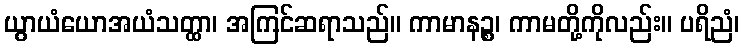
ယွာယံယောအယံသတ္ထာ၊ အကြင်ဆရာသည်။ ကာမာနဉ္စ၊ ကာမတို့ကိုလည်း။ ပရိညံ၊